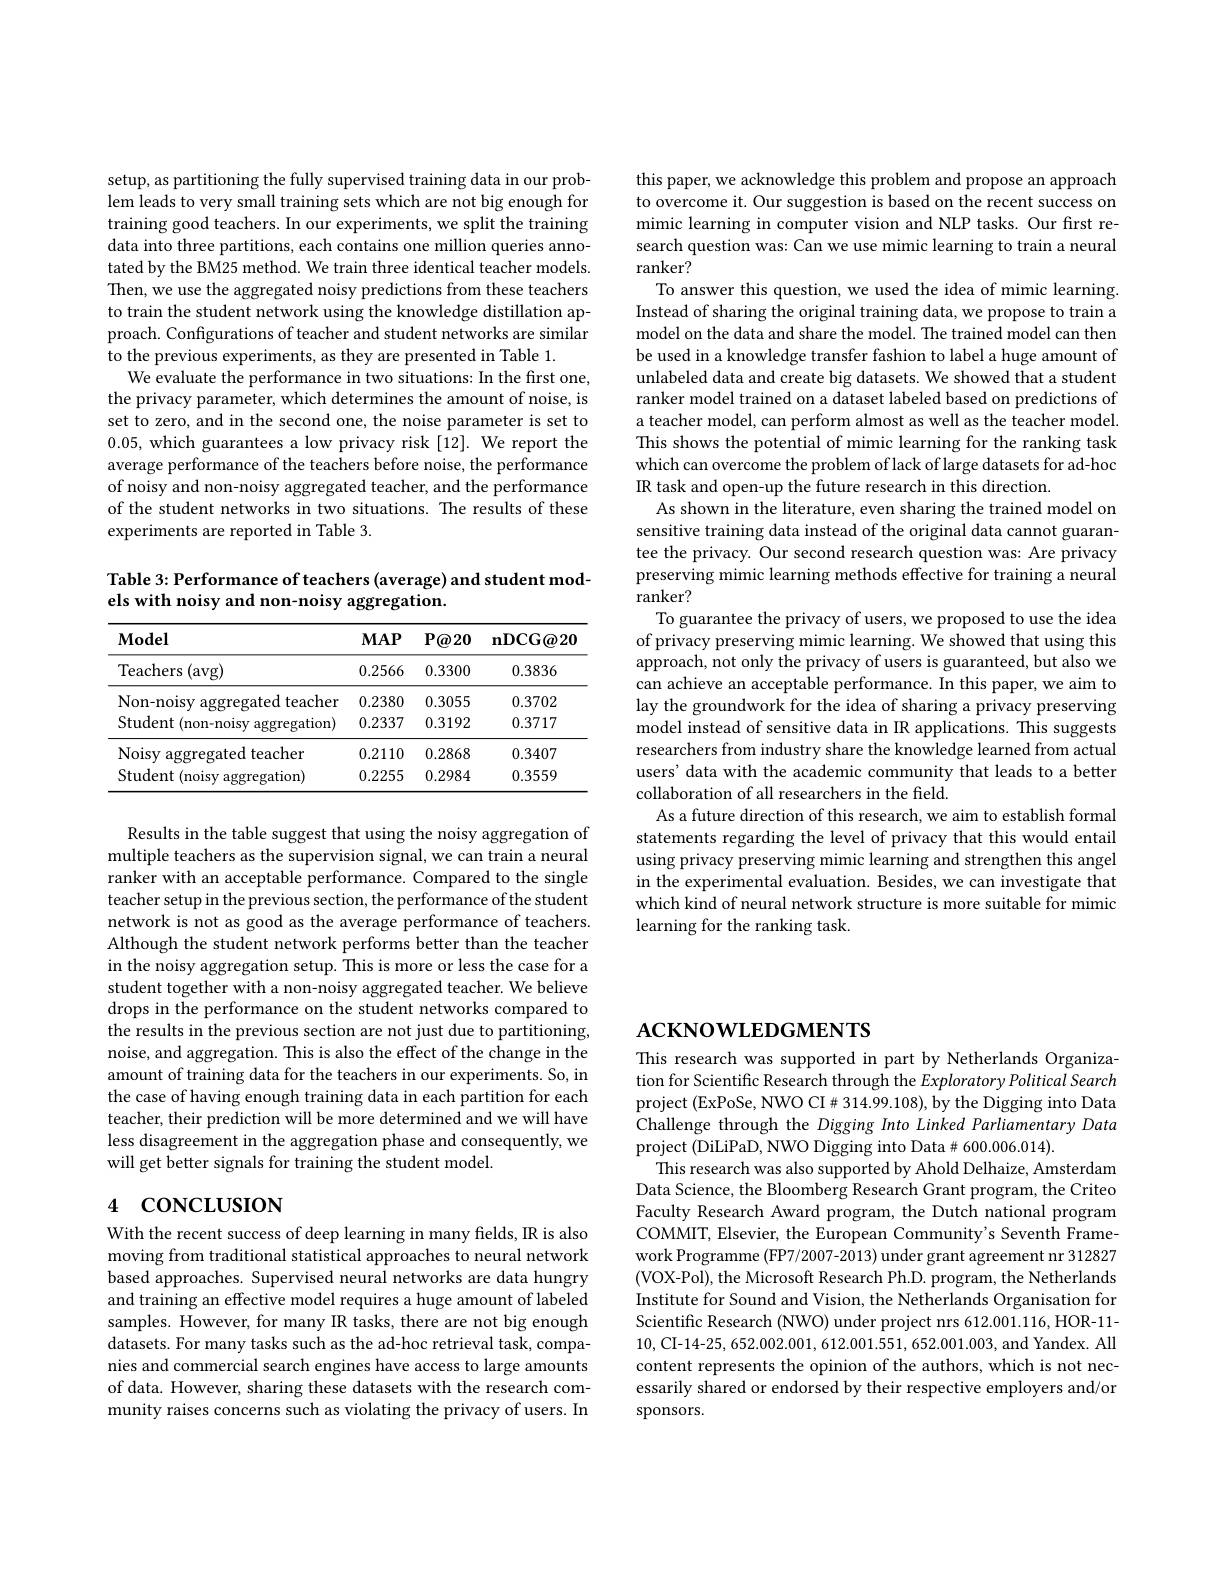
setup, as partitioning the fully supervised training data in our problem leads to very small training sets which are not big enough for training good teachers. In our experiments, we split the training data into three partitions, each contains one million queries annotated by the BM25 method. We train three identical teacher models. Then, we use the aggregated noisy predictions from these teachers to train the student network using the knowledge distillation approach. Configurations of teacher and student networks are similar to the previous experiments, as they are presented in Table 1.
We evaluate the performance in two situations: In the first one, the privacy parameter, which determines the amount of noise, is set to zero, and in the second one, the noise parameter is set to 0.05, which guarantees a low privacy risk [12]. We report the average performance of the teachers before noise, the performance of noisy and non-noisy aggregated teacher, and the performance of the student networks in two situations. The results of these experiments are reported in Table 3.

Table 3: Performance of teachers (average) and student mod-
els with noisy and non-noisy aggregation.

<table>
	<tbody>
		<tr>
			<th>$\mathbf{Model}$</th>
			<th>$MAP$</th>
			<th>$P@20$</th>
			<th>$\mathbf{nDCG@20}$</th>
		</tr>
		<tr>
			<td>Teachers (avg)</td>
			<td>0.2566</td>
			<td>0.3300</td>
			<td>0.3836</td>
		</tr>
		<tr>
			<td>Non-noisy aggregated teacher</td>
			<td>0.2380</td>
			<td>0.3055</td>
			<td>0.3702</td>
		</tr>
		<tr>
			<td>Student (non-noisy aggregation)</td>
			<td>0.2337</td>
			<td>0.3192</td>
			<td>0.3717</td>
		</tr>
		<tr>
			<td>Noisy aggregated teacher</td>
			<td>0.2110</td>
			<td>0.2868</td>
			<td>0.3407</td>
		</tr>
		<tr>
			<td>Student (noisy aggregation)</td>
			<td>0.2255</td>
			<td>0.2984</td>
			<td>0.3559</td>
		</tr>
	</tbody>
</table>

Results in the table suggest that using the noisy aggregation of multiple teachers as the supervision signal, we can train a neural ranker with an acceptable performance. Compared to the single teacher setup in the previous section, the performance of the student network is not as good as the average performance of teachers. Although the student network performs better than the teacher in the noisy aggregation setup. This is more or less the case for a student together with a non-noisy aggregated teacher. We believe drops in the performance on the student networks compared to the results in the previous section are not just due to partitioning, noise, and aggregation. This is also the effect of the change in the amount of training data for the teachers in our experiments. So, in the case of having enough training data in each partition for each teacher, their prediction will be more determined and we will have less disagreement in the aggregation phase and consequently, we will get better signals for training the student model.

# 4 concLusıon

With the recent success of deep learning in many fields, IR is also moving from traditional statistical approaches to neural network based approaches. Supervised neural networks are data hungry and training an effective model requires a huge amount of labeled samples. However, for many IR tasks, there are not big enough datasets. For many tasks such as the ad-hoc retrieval task, companies and commercial search engines have access to large amounts of data. However, sharing these datasets with the research community raises concerns such as violating the privacy of users. In

this paper, we acknowledge this problem and propose an approach to overcome it. Our suggestion is based on the recent success on mimic learning in computer vision and NLP tasks. Our first research question was: Can we use mimic learning to train a neural ranker?
To answer this question, we used the idea of mimic learning. Instead of sharing the original training data, we propose to train a model on the data and share the model. The trained model can then be used in a knowledge transfer fashion to label a huge amount of unlabeled data and create big datasets. We showed that a student ranker model trained on a dataset labeled based on predictions of a teacher model, can perform almost as well as the teacher model. This shows the potential of mimic learning for the ranking task which can overcome the problem of lack of large datasets for ad-hoc IR task and open-up the future research in this direction.
As shown in the literature, even sharing the trained model on sensitive training data instead of the original data cannot guarantee the privacy. Our second research question was: Are privacy preserving mimic learning methods effective for training a neural ranker?
To guarantee the privacy of users, we proposed to use the idea of privacy preserving mimic learning. We showed that using this approach, not only the privacy of users is guaranteed, but also we can achieve an acceptable performance. In this paper, we aim to lay the groundwork for the idea of sharing a privacy preserving model instead of sensitive data in IR applications. This suggests researchers from industry share the knowledge learned from actual users' data with the academic community that leads to a better collaboration of all researchers in the field.
As a future direction of this research, we aim to establish formal statements regarding the level of privacy that this would entail using privacy preserving mimic learning and strengthen this angel in the experimental evaluation. Besides, we can investigate that which kind of neural network structure is more suitable for mimic learning for the ranking task.

# $ACKNOWLEDGMENTS$

This research was supported in part by Netherlands Organization for Scientific Research through the Exploratory Political Search project (ExPoSe, NWO CI#314.99.108), by the Digging into Data Challenge through the Digging Into Linked Parliamentary Data project (DiLiPaD, NWO Digging into Data# 600.006.014).
This research was also supported by Ahold Delhaize, Amsterdam Data Science, the Bloomberg Research Grant program, the Criteo Faculty Research Award program, the Dutch national program COMMIT, Elsevier, the European Community's Seventh Framework Programme (FP7/2007-2013) under grant agreement nr 312827 (VOX-Pol), the Microsoft Research Ph.D. program, the Netherlands Institute for Sound and Vision, the Netherlands Organisation for Scientific Research (NWO) under project nrs 612.001.116, HOR-11- 10, CI-14-25, 652.002.001, 612.001.551, 652.001.003, and Yandex. All content represents the opinion of the authors, which is not necessarily shared or endorsed by their respective employers and/or sponsors.